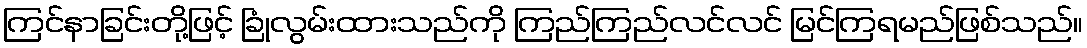
ကြင်နာခြင်းတို့ဖြင့် ခြုံလွမ်းထားသည်ကို ကြည်ကြည်လင်လင် မြင်ကြရမည်ဖြစ်သည်။